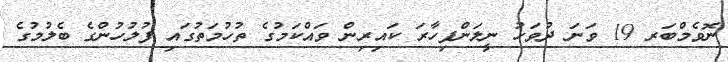
ނޮވެމްބަރ 19 ވަނަ ދުވަހު ނީލަންފިހާރަ ކައިރިން ވައްކަމުގެ ތުހުމަތުގައި ފުލުހުންގެ ބެލުމުގެ